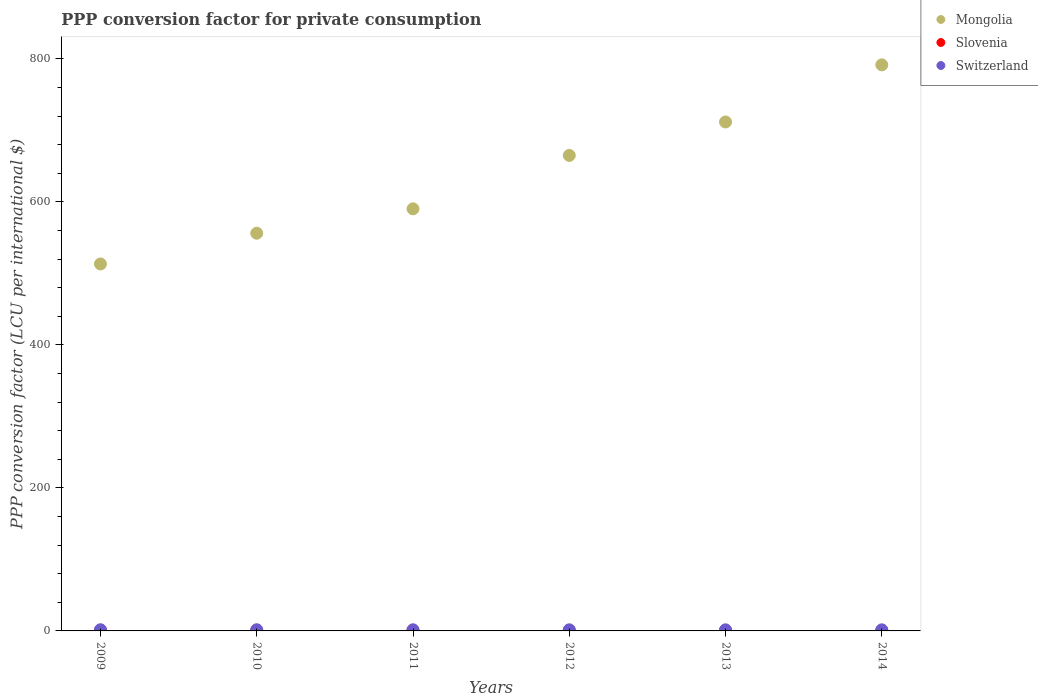
| Years | Mongolia | Slovenia | Switzerland |
 | --- | --- | --- | --- |
 | 2009 | 513 | 0.705 | 1.67 |
 | 2010 | 556 | 0.699 | 1.66 |
 | 2011 | 590 | 0.687 | 1.59 |
 | 2012 | 665 | 0.678 | 1.55 |
 | 2013 | 712 | 0.674 | 1.54 |
 | 2014 | 792 | 0.669 | 1.52 |